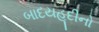
બાદયહૂદીનો